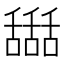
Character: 𦧵